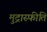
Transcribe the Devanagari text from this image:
मुद्रास्‍फीति